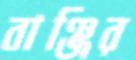
বাঞ্জির